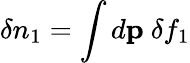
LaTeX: \delta n_{1}=\int d{\mathbf p}\ \delta f_{1}